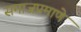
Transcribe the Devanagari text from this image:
समाजप्रमाणे